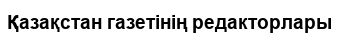
Қазақстан газетінің редакторлары